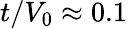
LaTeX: t/V_{0}\approx 0.1